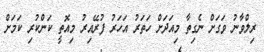
ރިލްވާނު ވަގަށް ނެގިތާ މިއަދަށް ހަތަރު އަހަރު ފުރޭއިރު މިއޮތީ ކަންކުރި ކަމަށް